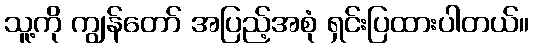
သူ့ကို ကျွန်တော် အပြည့်အစုံ ရှင်းပြထားပါတယ်။